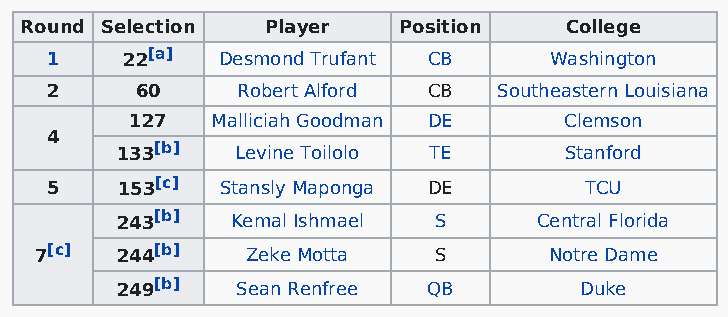
Round Selection  Player  Position   College
 1    22[a] Desmond Trufant CB    Washington
 2     60     Robert Alford CB Southeastern Louisiana
 127  Malliciah Goodman DE   Clemson
 4
 133[b]  Levine Toilolo TE    Stanford
 5    153[c] Stansly Maponga DE      TCU
 243[b] Kemal Ishmael S      Central Florida
 7[c]  244[b]  Zeke Motta   S      Notre Dame
 249[b]  Sean Renfree QB       Duke